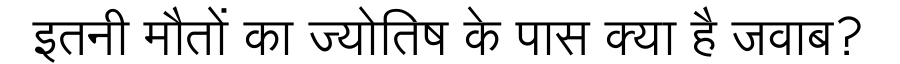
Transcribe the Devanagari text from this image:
इतनी मौतों का ज्योतिष के पास क्या है जवाब?